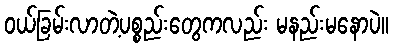
ဝယ်ခြမ်းလာတဲ့ပစ္စည်းတွေကလည်း မနည်းမနောပဲ။